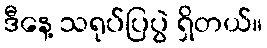
ဒီနေ့ သရုပ်ပြပွဲ ရှိတယ်။